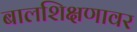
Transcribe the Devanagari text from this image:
बालशिक्षणावर